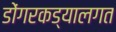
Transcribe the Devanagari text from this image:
डोंगरकड्यालगत